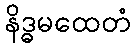
နိဒ္ဓမထေတံ